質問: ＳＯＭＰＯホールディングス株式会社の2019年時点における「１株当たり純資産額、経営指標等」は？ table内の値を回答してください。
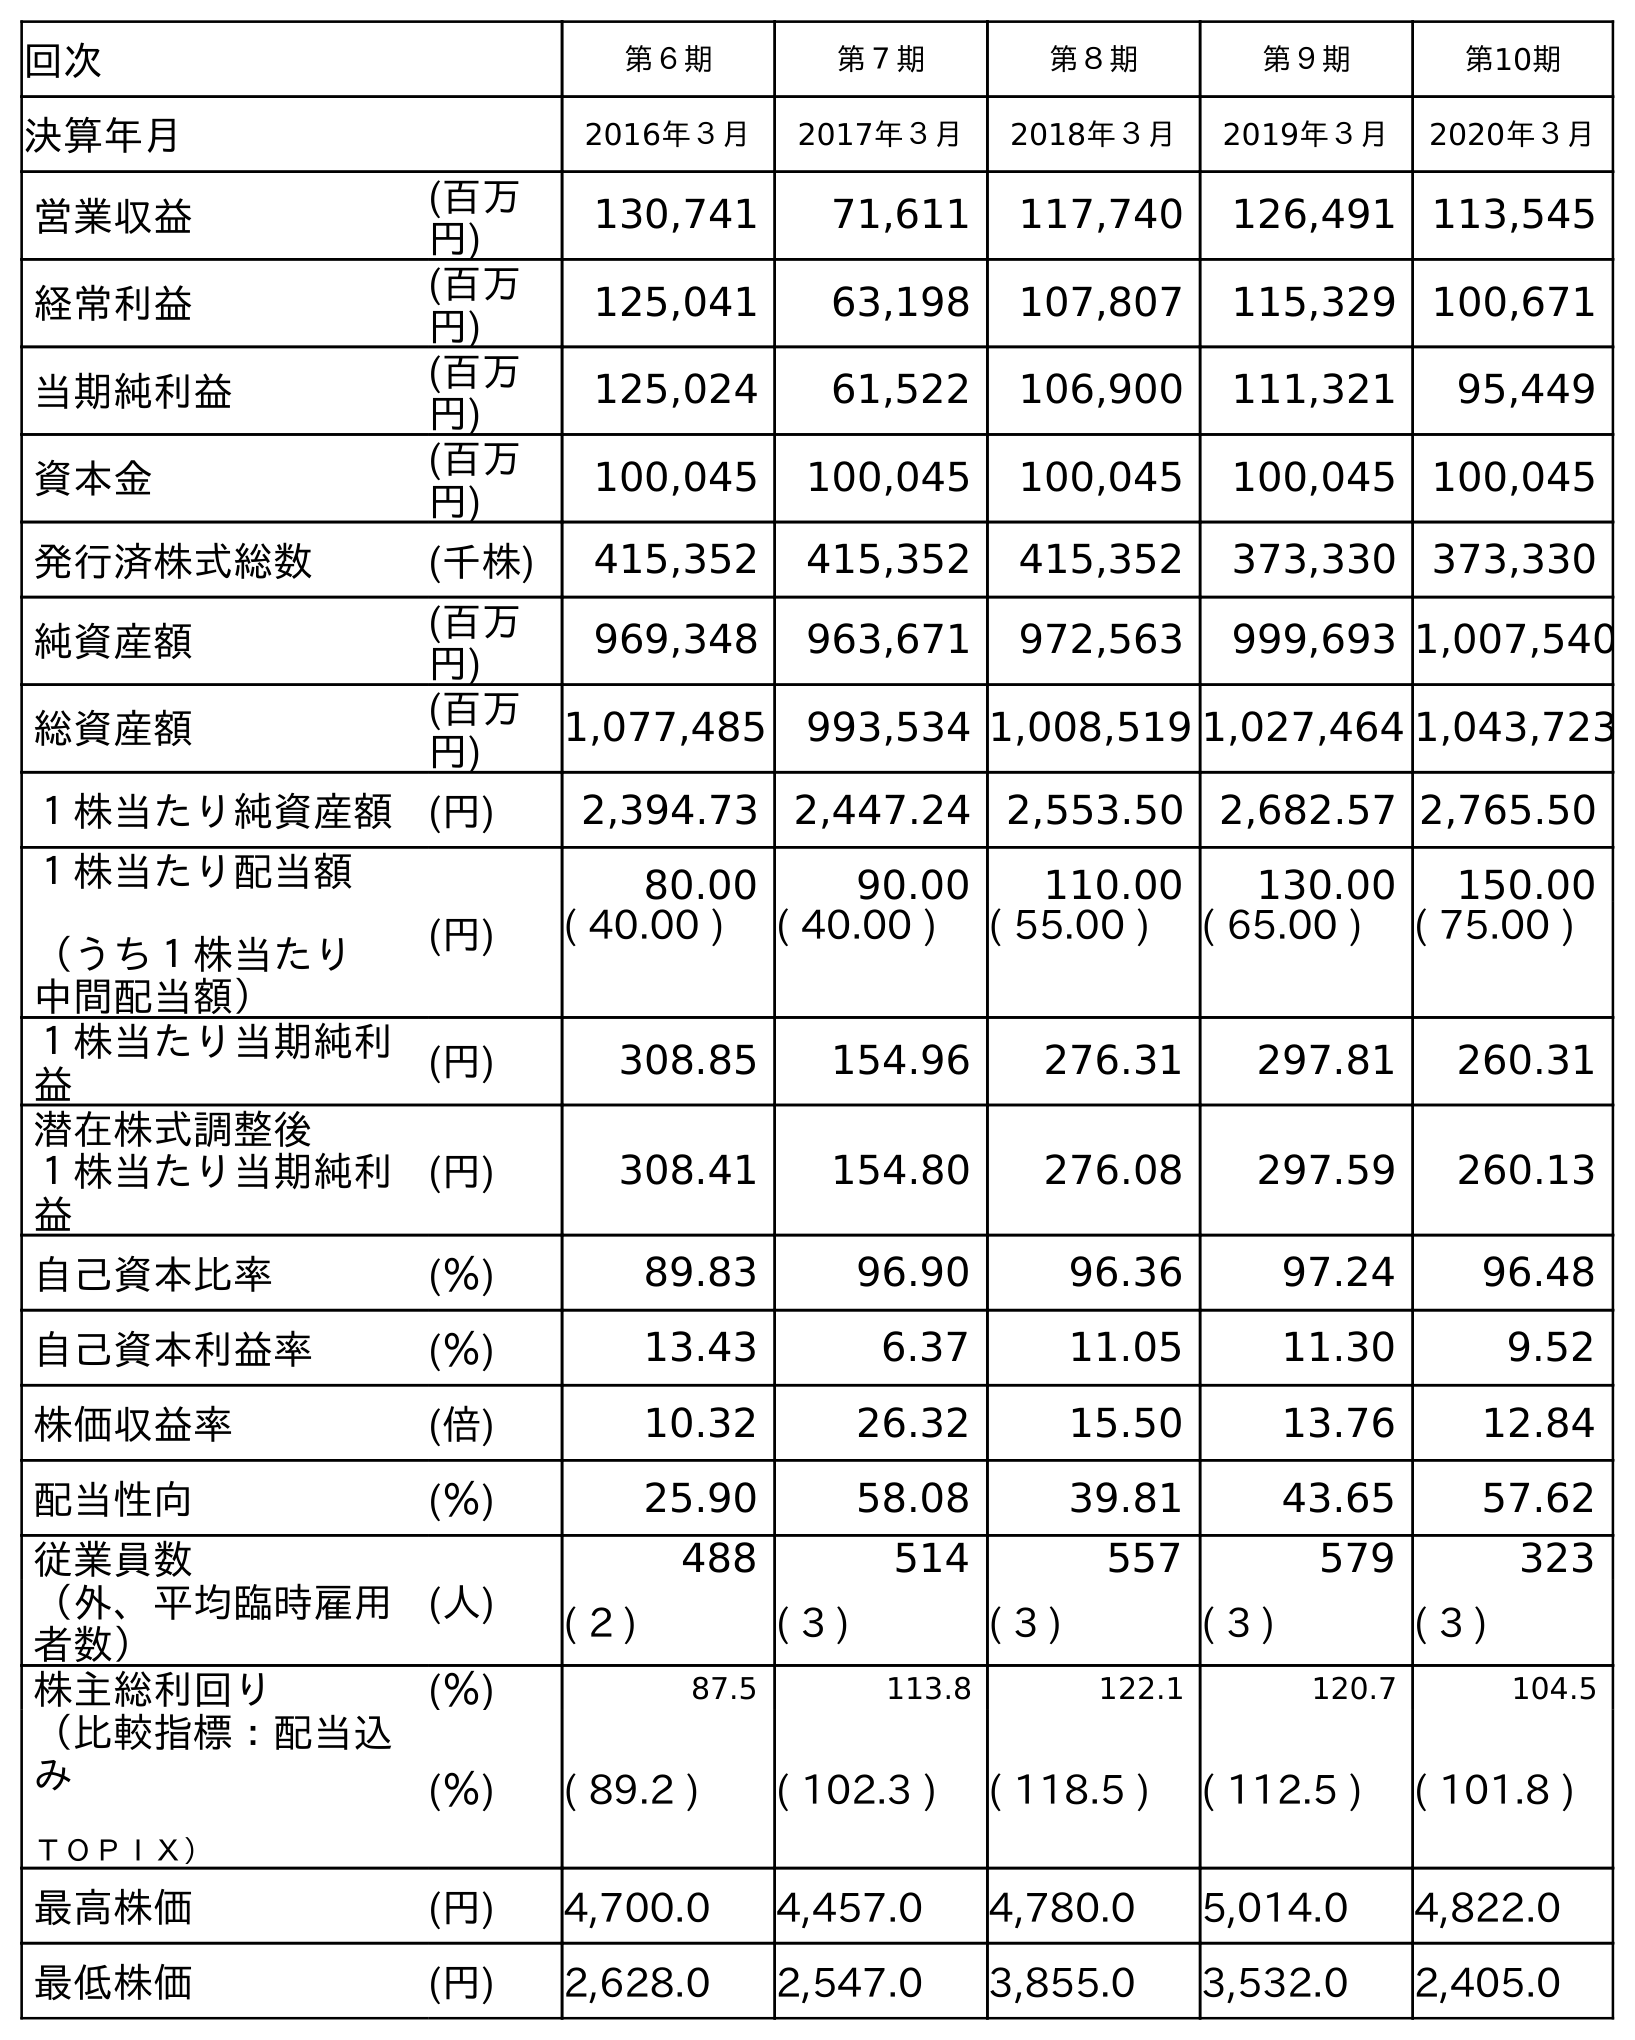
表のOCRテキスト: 回次 第６期 第７期 第８期 第９期 第10期 決算年月 2016年３月 2017年３月 2018年３月 2019年３月 2020年３月 営業収益 (百万 円) 130,741 71,611 117,740 126,491 113,545 経常利益 (百万 円) 125,041 63,198 107,807 115,329 100,671 当期純利益 (百万 円) 125,024 61,522 106,900 111,321 95,449 資本金 (百万 円) 100,045 100,045 100,045 100,045 100,045 発行済株式総数 (千株) 415,352 415,352 415,352 373,330 373,330 純資産額 (百万 円) 969,348 963,671 972,563 999,693 1,007,540 総資産額 (百万 円) 1,077,485 993,534 1,008,519 1,027,464 1,043,723 １株当たり純資産額 (円) 2,394.73 2,447.24 2,553.50 2,682.57 2,765.50 １株当たり配当額 （うち１株当たり 中間配当額） (円) 80.00 90.00 110.00 130.00 150.00 ( 40.00 ) ( 40.00 ) ( 55.00 ) ( 65.00 ) ( 75.00 ) １株当たり当期純利 益 (円) 308.85 154.96 276.31 297.81 260.31 潜在株式調整後 １株当たり当期純利 益 (円) 308.41 154.80 276.08 297.59 260.13 自己資本比率 (％) 89.83 96.90 96.36 97.24 96.48 自己資本利益率 (％) 13.43 6.37 11.05 11.30 9.52 株価収益率 (倍) 10.32 26.32 15.50 13.76 12.84 配当性向 (％) 25.90 58.08 39.81 43.65 57.62 従業員数 (人) 488 514 557 579 323 （外、平均臨時雇用 者数） ( 2 ) ( 3 ) ( 3 ) ( 3 ) ( 3 ) 株主総利回り (％) 87.5 113.8 122.1 120.7 104.5 （比較指標：配当込 み ＴＯＰＩＸ） (％) ( 89.2 ) ( 102.3 ) ( 118.5 ) ( 112.5 ) ( 101.8 ) 最高株価 (円) 4,700.0 4,457.0 4,780.0 5,014.0 4,822.0 最低株価 (円) 2,628.0 2,547.0 3,855.0 3,532.0 2,405.0
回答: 2,682.57